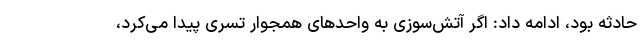
حادثه بود، ادامه داد: اگر آتش‌سوزی به واحدهای همجوار تسری پیدا می‌کرد،